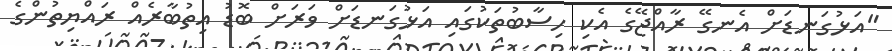
"އަޅުގަނޑަށް އެނގޭ ރާއްޖޭގެ އެކި ހިސާބުތަކުގައި އަޅުގަނޑަށް ވަރަށް ބޮޑު އިތުބާރެއް ރައްޔިތުންގެ